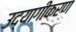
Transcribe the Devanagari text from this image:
उद्यागीकरण